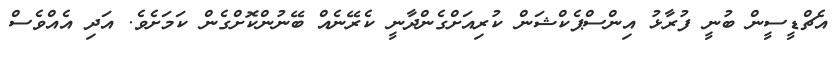
އެޗްޑީސީން ބުނީ ފުރާޅު އިންސްޕެކްޝަން ކުރިއަށްގެންދާނީ ކެރޭނެއް ބޭނުންކޮށްގެން ކަމަށެވެ. އަދި އެއްވެސް